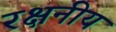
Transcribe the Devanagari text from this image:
रक्षनीय